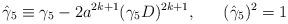
LaTeX: \begin{align*}\hat{\gamma}_{5}\equiv\gamma_{5}-2a^{2k+1}(\gamma_{5}D)^{2k+1},\ \ \ \ \ (\hat{\gamma}_{5})^{2}=1\end{align*}